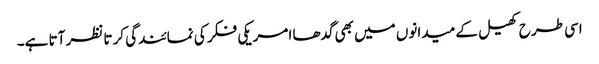
اسی طرح کھیل کے میدانوں میں بھی گدھا امریکی فکر کی نمائندگی کرتا نظر آتا ہے۔